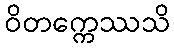
ဝိတက္ကေဿသိ